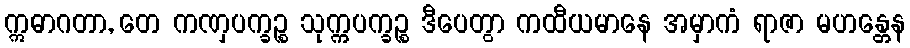
ဣဓာဂတာ, တေ ကဏှပက္ခဉ္စ သုက္ကပက္ခဉ္စ ဒီပေတွာ ကထီယမာနေ အမှာကံ ရာဇာ မဟန္တေန